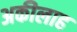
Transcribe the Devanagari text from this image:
अकीलाह